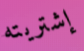
إشتريته